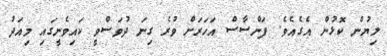
ލިޔުން ކޮޅުން އެގެއެވެ. ފަންސާސް އަހަރަށް ވުރެ ގިނަ ދުވަސްވީ ކައިވެނީގައި މިއަދު